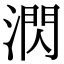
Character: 㴸